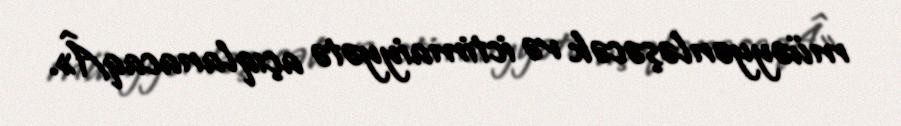
müəyyənləşəcək və ictimaiyyətə açıqlanacaqÂ».